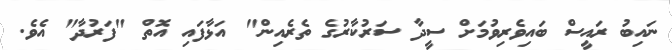
ނައިބު ރައީސް ބައިވެރިވުމަށް ސީދާ ސަރުކާރުގެ ތެރެއިން" އަޅާފައި އޮތް "ފަރުދާ" އެވެ.